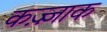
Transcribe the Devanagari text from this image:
कज़्ज़ाक